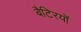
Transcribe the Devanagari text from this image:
बैटिरयों